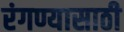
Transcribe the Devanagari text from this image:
रंगण्यासाठी